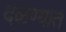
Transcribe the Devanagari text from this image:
दळण्यात